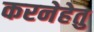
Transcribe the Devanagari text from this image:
करनेहेतु